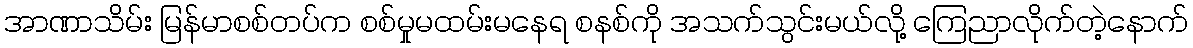
အာဏာသိမ်း မြန်မာစစ်တပ်က စစ်မှုမထမ်းမနေရ စနစ်ကို အသက်သွင်းမယ်လို့ ကြေညာလိုက်တဲ့နောက်